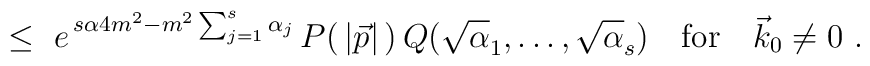
\leq \ e^{\,s\alpha 4m^{2}-m^{2}\sum_{j=1}^{s}\alpha_{j}}\,P(\,\vert\vec p\vert\,)\,Q(\sqrt\alpha_{1},\ldots,\sqrt\alpha_{s})\quad \mbox{for}\quad \vec k_{0}\not=0\ .